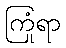
ကြုံရာ